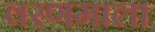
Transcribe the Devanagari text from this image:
वरणमाला